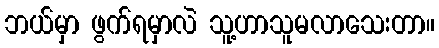
ဘယ်မှာ ဖွက်ရမှာလဲ သူ့ဟာသူမလာသေးတာ။